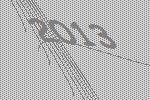
2013